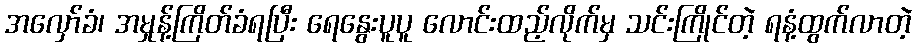
အလှော်ခံ၊ အမှုန့်ကြိတ်ခံရပြီး ရေနွေးပူပူ လောင်းထည့်လိုက်မှ သင်းကြိုင်တဲ့ ရနံ့ထွက်လာတဲ့